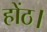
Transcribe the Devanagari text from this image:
होंठ।